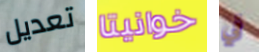
تعديل خوانيتا في